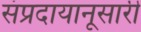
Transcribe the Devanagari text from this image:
संप्रदायानूसारी